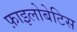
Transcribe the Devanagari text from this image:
फ़ाइलोबेटिस